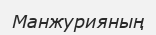
Манжурияның